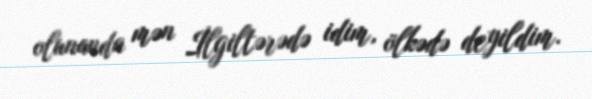
olunanda mən İlgiltərədə idim, ölkədə deyildim.